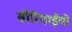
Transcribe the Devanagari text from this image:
सीरियाईयों